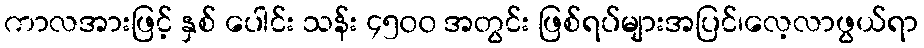
ကာလအားဖြင့် နှစ် ပေါင်း သန်း ၄၅၀၀ အတွင်း ဖြစ်ရပ်များအပြင်၊လေ့လာဖွယ်ရာ